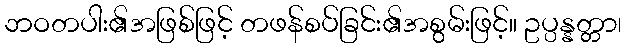
ဘဝတပါး၏အဖြစ်ဖြင့် တဖန်စပ်ခြင်း၏အစွမ်းဖြင့်။ ဥပ္ပန္နတ္တာ၊